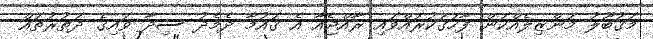
މަޤުބޫލު މަންޒިލެއްކަން ފާހަގަކުރައްވައި ރާއްޖެއާ އެ ޤައުމާ ދެމެދު ސިދާ ވައިގެ ދަތުރުތައް